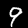
Digit: 9